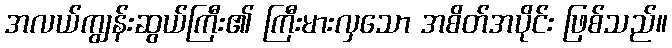
အလယ်ကျွန်းဆွယ်ကြီး၏ ကြီးမားလှသော အစိတ်အပိုင်း ဖြစ်သည်။